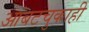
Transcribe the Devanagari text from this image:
आंबटचुकाही